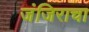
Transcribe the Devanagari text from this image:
जंजिराचा